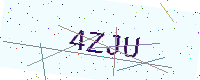
Text: 4ZJU